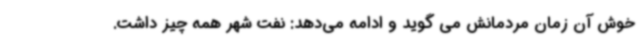
خوش آن زمان مردمانش می گوید و ادامه می‌دهد: نفت شهر همه چیز داشت.